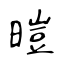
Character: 暟